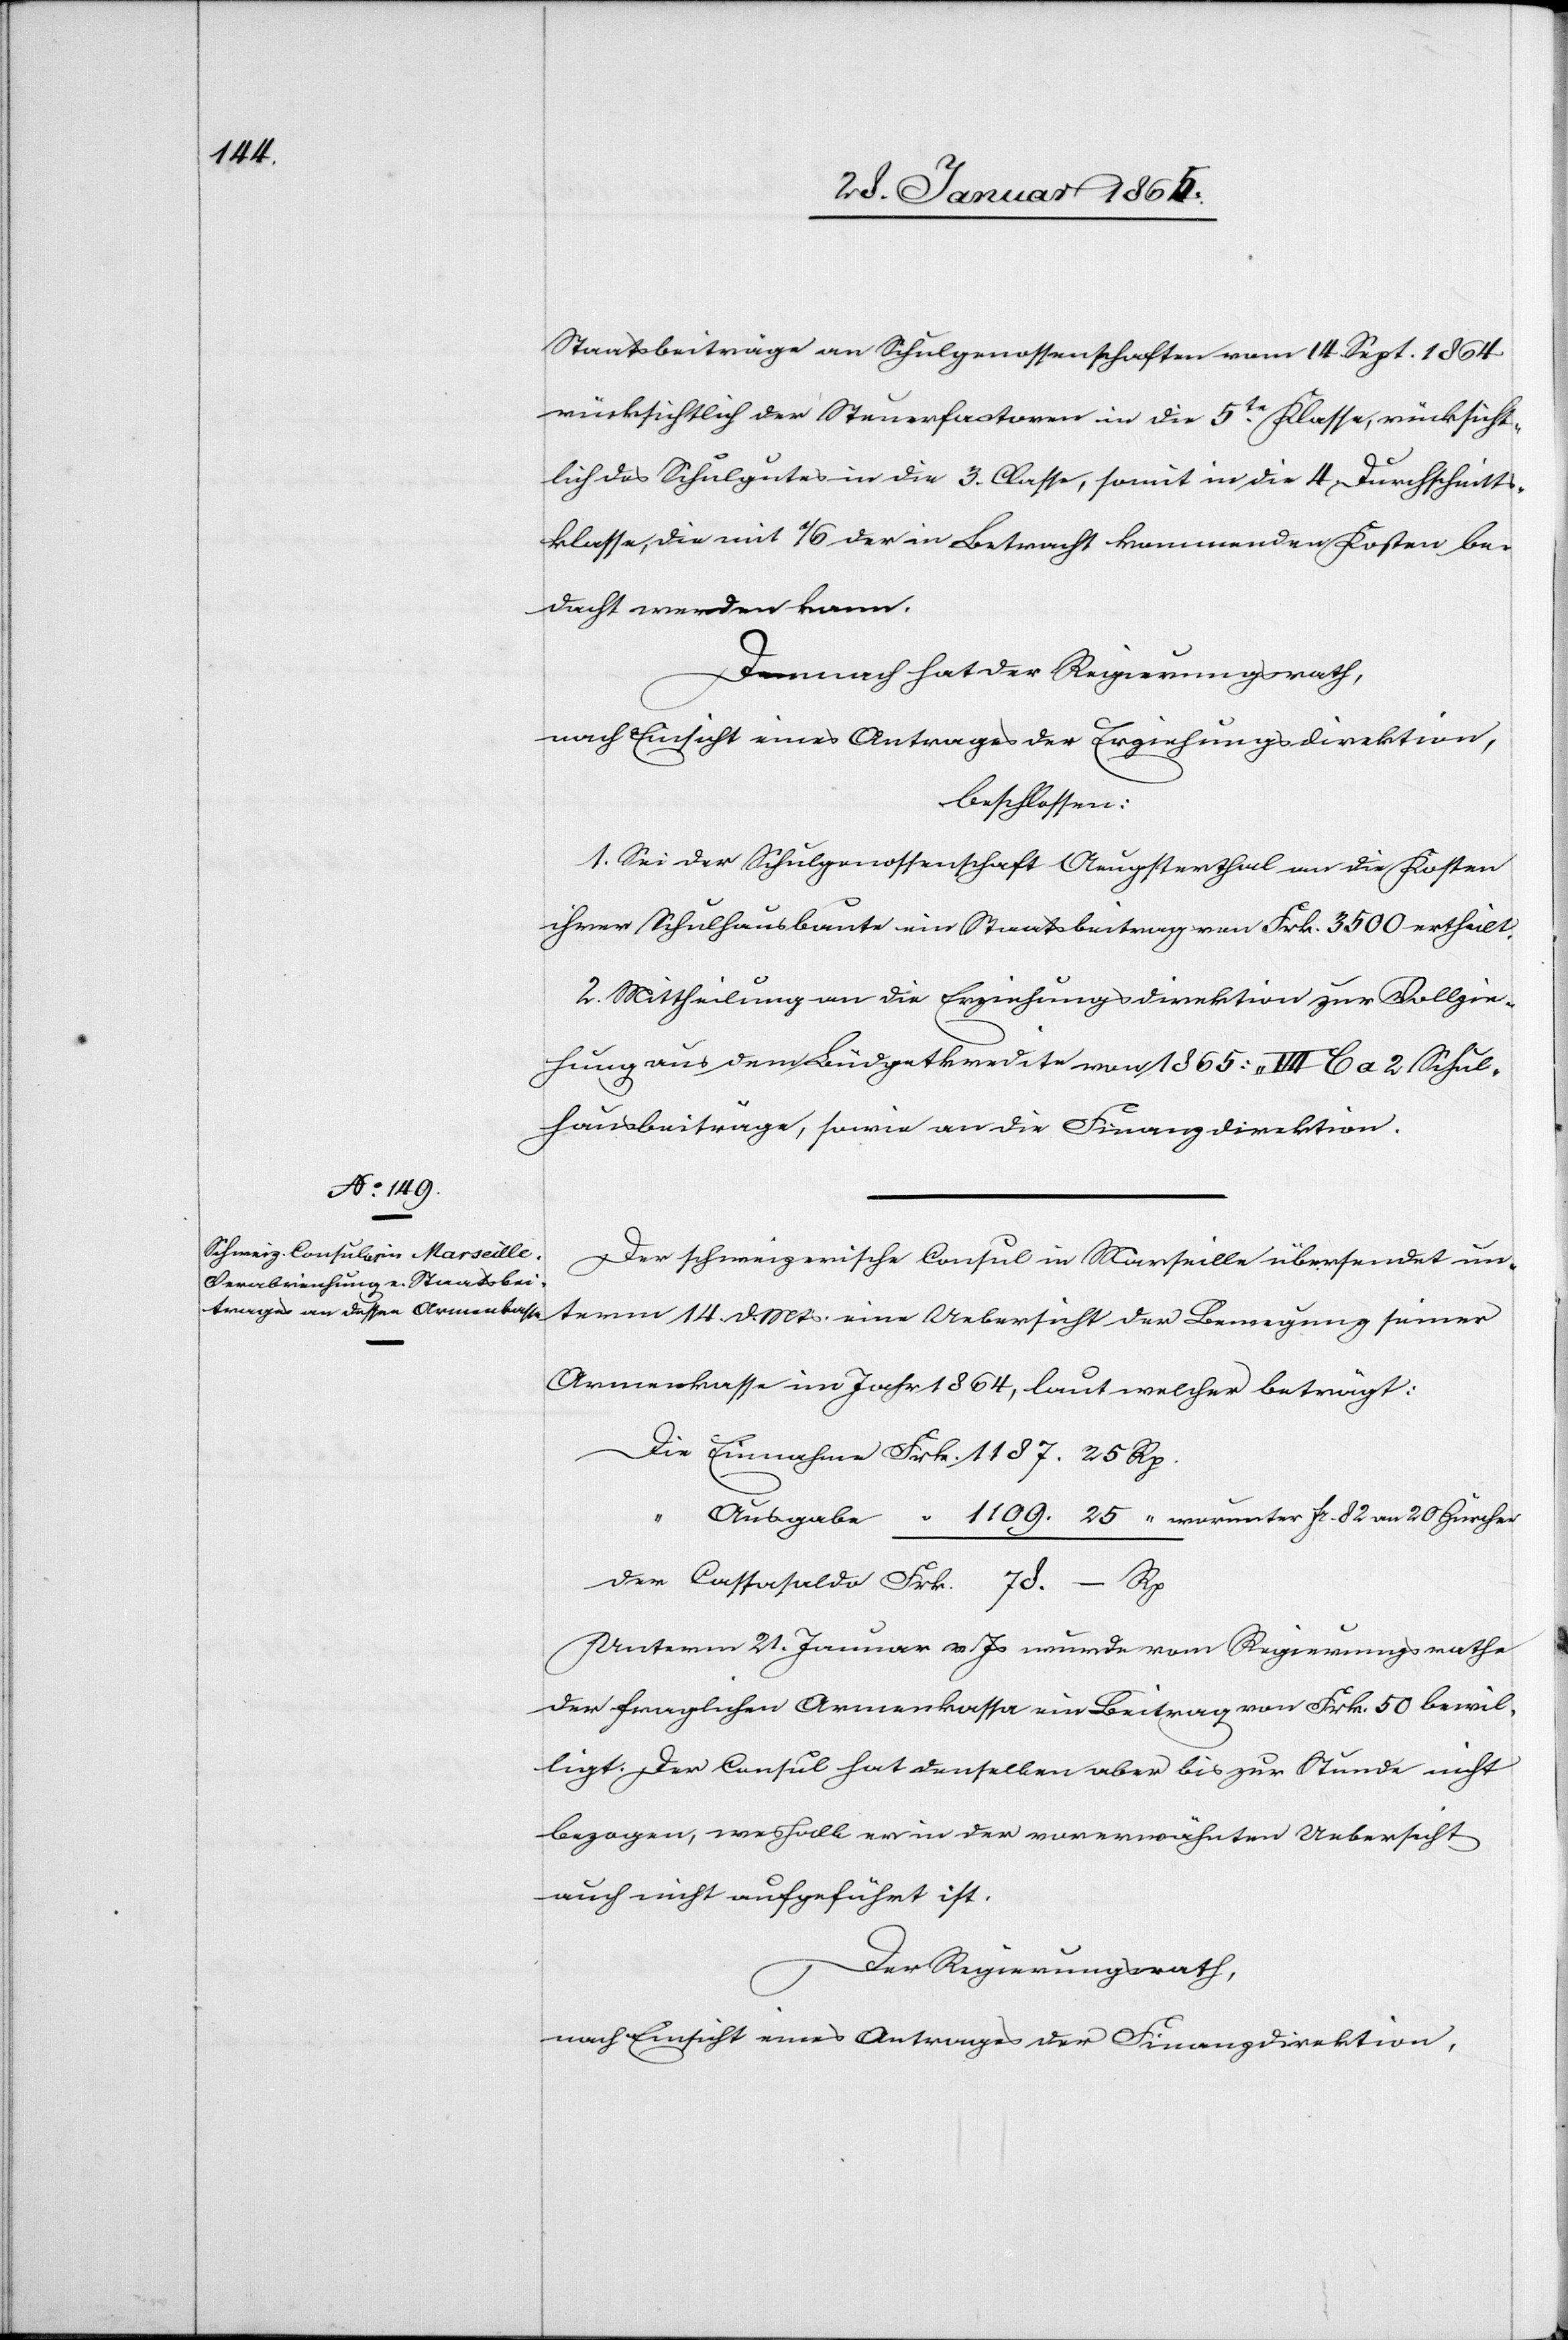
Staatsbeiträge an Schulgenossenschaften vom 14. Sept. 1864
rücksichtlich der Steuerfaktoren in die 5te Classe, rücksicht¬
lich des Schulgutes in die 3. Classe, somit in die 4. Durchschnitts¬
klasse, die mit 1/6 der in Betracht kommenden Kosten be¬
dacht werden kann.
Demnach hat der Regierungsrath,
nach Einsicht eines Antrages der Erziehungsdirektion,
beschlossen:
1. Sei der Schulgenossenschaft Aeugsterthal an die Kosten
ihrer Schulhausbaute ein Staatsbeitrag von Frk. 3500 ertheilt.
2. Mittheilung an die Erziehungsdirektion zur Vollzie¬
hung aus dem Büdgetkredite von 1865: „III C a 2 Schul¬
hausbeiträge[“], sowie an die Finanzdirektion.
Der schweizerische Consul in Marseille übersendet un¬
term 14 d. Mts. eine Uebersicht der Bewegung seiner
Armenkasse im Jahr 1864, laut welcher beträgt:
Die Einnahme	Frk. 1187. 25. Rp.
“
Ausgabe	 “ 1109. 25 “ worunter fr. 82 an 20 Zürcher
der Cassasaldo	Frk. 78. – Rp
Unterm 21. Januar v Js wurde vom Regierungsrathe
der fraglichen Armenkassa ein Beitrag von Frk. 50 bewil¬
ligt. Der Consul hat denselben aber bis zur Stunde nicht
bezogen, weshalb er in der vorerwähnten Uebersicht
auch nicht aufgeführt ist.
Der Regierungsrath,
nach Einsicht eines Antrages der Finanzdirektion,